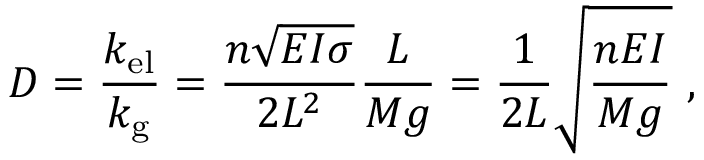
D = \frac { k _ { \mathrm { e l } } } { k _ { \mathrm { g } } } = \frac { n \sqrt { E I \sigma } } { 2 L ^ { 2 } } \frac { L } { M g } = \frac { 1 } { 2 L } \sqrt { \frac { n E I } { M g } } ~ ,